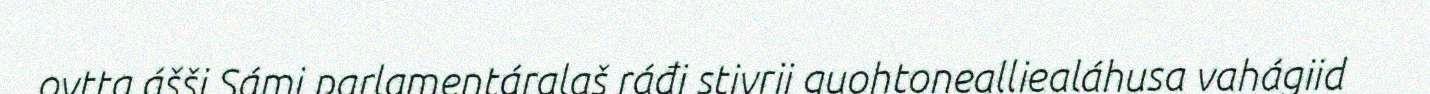
ovtta ášši Sámi parlamentáralaš ráđi stivrii guohtonealliealáhusa vahágiid